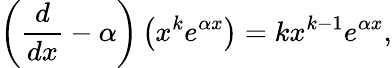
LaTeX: \left({\frac{d}{dx}}-\alpha\right)\left(x^{k}e^{\alpha x}\right)=kx^{k-1}e^{\alpha x},